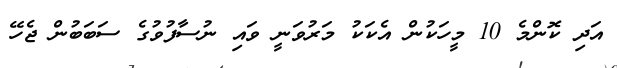
އަދި ކޮންމެ 10 މީހަކުން އެކަކު މަރުވަނީ ވައި ނުސާފުވުގެ ސަބަބުން ޖެހޭ